Vital statistics of India. Vol. IV, Annual returns from 1871 to 1876. British Army of India, Native Army and jails of Bengal
Year: 1871
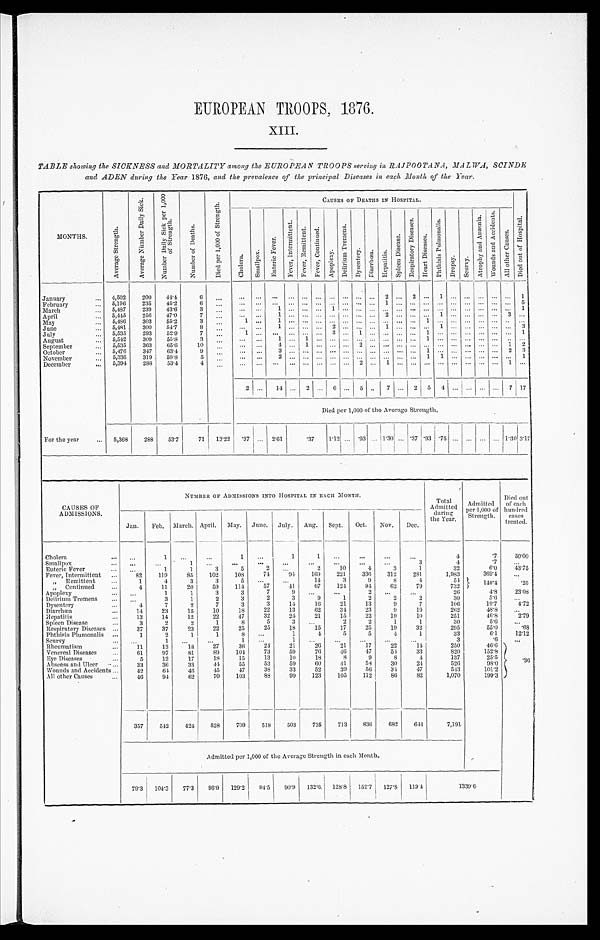
EUROPEAN TROOPS, 1876.
XIII.
TABLE showing the SICKNESS and MORTALITY among the EUROPEAN TROOPS serving in RAJPOOTANA, MALWA, SCINDE
and ADEN during the Year 1876, and the prevalence of the principal Diseases in each Month of the Year.
MONTHS.
A v e r a g e S t r e n g t h .
A v e r a g e N u m b e r D a i l y S i c k .
N u m b e r D a i l y S i c k p e r 1 , 0 0 0 o f S t r e n g t h .
N u m b e r o f D e a t h s .
D i e d p e r 1 , 0 0 0 o f S t e r n g t h .
CAUSES OF DEATHS IN lHOSPITAL.
D i e d o u t o f H o s p i t a l .
C h o l e r a .
S m a l l p o x .
E n t e r i c F e v e r .
F e v e r , I n t e r m i t t e n t .
Fe ve r , Re mi t t e nt .
F e v e r , C o n t i n u e d .
A p o p l e x y .
D e l i r i u m T r e m e n s .
D y s e n t e r y .
D i a r r h œ a . H e p a t i t i s .
S p l e e n D i s e a s e s .
R e s p i r a t o r y D i s e a s e s .
H e a r t D i s e a s e s .
P h t h i s i s p u l m o n a l i s .
D r o p s y . S c u r v y .
At r o p h y a n d An æmi a .
W o u n d s a n d A c c i d e n t s .
A l l o t h e r c a u s e s .
January
. . .
4,502
200
44.4
6
...
...
. . .
. . .
. . .
... ... ...
. . .
...
. . . 2
. . . 2 ... 1
. . . . . .
... ...
...
1
February
... 5,196
235
45.2
6
...
...
. . . ... ... ... ... ... ... ... ...
1
. . . . . . ... ...
. . . . . .
... ...
...
5
March
... 5,487
239 43.6
3
...
...
. . . 1 ... ... ... ...
. . .
...
. . . . . .
. . . . . . ... ...
. . . . . .
... ...
.. 1
April
... 5,445
256
47.0
7 ...
... ...
1 ... ... ... ... ... ...
. . . 2
. . . . . . ... 1
. . . . . .
... ...
3 . . .
May
. . . 5,486
303
55.2
3
...
1 ...
1 ... ... ... ...
. . .
...
. . . . . .
. . . . . . 1 ...
. . . . . .
... ...
...
. . .
June
. . . 5,481
300
54.7
8
...
... ...
1 ... ... ... 2
. . .
...
. . . 1
. . . . . . ... 1
. . . . . . ... ... ...
3
July
. . . 5,535
293
52.9
7
...
1
. . .
. . .
... ... ...
3 ... 1
. . . ...
. . . . . .
1 ...
. . . . . .
... ... ...
1
August
... 5,542
300
55.8
3
...
... ...
1 ... 1
... ... ... ...
. . . . . . . . . . . . 1 ...
. . . . . .
... ... ...
. . .
September
... 5,535
363
65.6
10
...
. . . ...
4 ... 1 ... ...
. . .
2
. . . . . .
. . . . . . ... ...
. . . . . . ... ... 1 2
October
... 5,476
347
63.4
9
...
... ...
3 ... ... ... ... ... ... ... ...
. . . ... 1 ...
. . . . . .
... ...
2 3
November
. . . 5,336
319
59.8
5
...
. . .
. . .
2 ... ... ... ...
. . . ...
. . . . . . . . . . . . 1 1 ...
. . . ... ... ...
1
December
... 5 394
288
53.4
4
...
...
. . .
. . .
... ... ... ...
. . .
2
. . .
1 ...
. . .
... ... ... ... ... ... 1 ...
2 ...
14 ... 2 ... 6
. . . 5 .. 7 ... 2 5 4 ...
. . . . . .
...
7 17
Died per 1,000 of the Average Strength.
For the year
... 5,368
288
53.7
71 13.22 .37 ... 2.61
.37
1.12 . . . .93 ...
1 . 3 0
... .37 .93 .75 ... ... ... ...
1. 30
3.17
CAUSES OF
ADMISSIONS.
NUMBER OF ADIMSSIONS INTO HOSPITAL IN EACH MONTH.
T o t a l A d m i t t e d
d u r i n g t h e T e a r .
A d m i t t e d
per 1,000 of
Strength.
Died out of
each
hundred
cases
treated.
Jan.
Feb. March. April. May. June. July. Aug. Sept. Oct.
Nov.
Dec.
Cholera
. . . ...
1
. . .
...
1
...
1
1
. . .
...
...
. . .
4
.7
50.00
Smallpox
...
...
...
1
...
...
...
...
. . . ...
...
...
3
4
.7
. . .
Enteric Fever
. . .
. . .
1
1
3
5
2
. . .
2
10
4
3
1
32
6.0
43.75
Fever, Intermittent ...
82
119
85
102
108
74
94
169
221
336
312
281
1,983
369.4
...
„ Remittent
. . .
1
4
3
3
5
. . . ...
14
3
9
8
4
54
146.4
. 2 5
„ Continued
. . .
4
11
20
59
114
57
41
6 7
124
94
62
79
732
Apoplexy
. . . ...
1
1
3
3
7
9
...
. . .
2 ...
...
26
4.8
23.08
Delirium Tremens
...
...
3
1
2
3
2
3
9
1
2
2
2
30
5.6
. . .
Dysentery
. . .
4
7
2
7
3
3
14
16
21
13
9
7
106
19.7
4.72
Diarrhœa
...
14
23
15
10
18
22
13
62
34
23
9
19
262
48.8
. . .
Hepatitis
...
13
14
12
22
17
32
24
21
15
22
19
10
251
46.8
2.79
Spleen Disease
. . .
3
2
2
1
8
5
3
. . .
2
2
1
1
30
5.6
...
Respiratory Diseases ...
37
37
23
22
25
25
18
15
17
25
19
32
205
55.0
. 6 8
Phthisis Plumonalis ...
1
2
1
1
8
. . .
1
4
5
5
4
1
33
6.1
12.12
Scurvy
...
...
1
. . .
. . .
1
. . .
1
...
. . .
...
...
. . .
3
.6
...
Rheumatism
...
11
13
18
27
36
24
21
26
21
17
22
14
250
46.6
3 6
Venereal Diseas`es
. . .
61
97
81
89
104
73
59
76
46
47
54
33
820
152.8
Eye Diseases
...
5
12
17
18
15
13
10
18
8
9
8
4
137
25.5
Abscess and Ulcer
...
33
36
33
44
55
53
59
60
41
58
30
24
526
98.0
Wounds and Accidents ...
42
64
46
45
47
38
33
52
39
56
34
47
543
101.2
All other Causes
...
4 6
9 4
62
70
103
88
99
1 2 3
1 0 5
112
86
82
1,070
199.3
357
54.2
424
528
709
518
503
735
713
836
682
644
7,191
Admitted per 1,000 of the Average Strength in each Month.
79.3 104.3 77.3 96.9 129.2 94.5 90.9 132.6 128.8 152.7 127.8 119.4
1 3 3 9 . 6